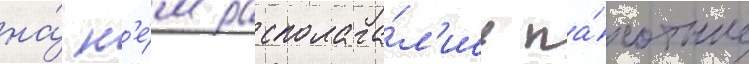
на́ н'е́м располага́л'ись па́хотные